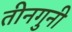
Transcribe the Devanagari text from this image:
तीनगुनी